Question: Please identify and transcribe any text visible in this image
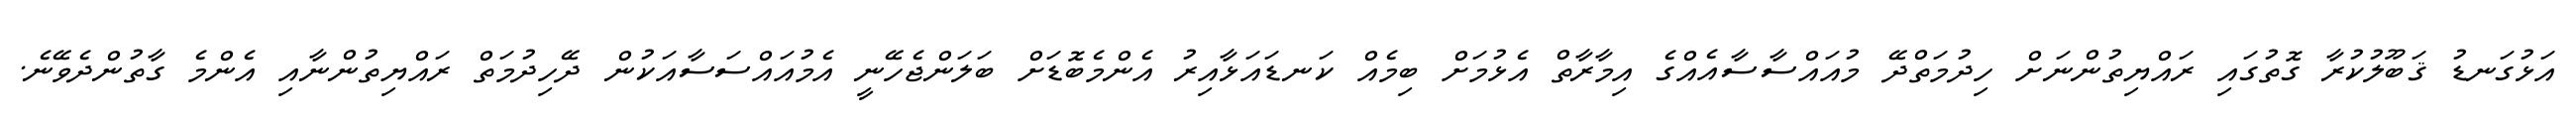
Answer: އަޅުގަނޑު ޤަބޫލުކުރާ ގޮތުގައި ރައްޔިތުންނަށް ހިދުމަތްދޭ މުއައްސާސާއެއްގެ އިމާރާތް އެޅުމަށް ބިމެއް ކަނޑައަޅާއިރު އެންމެބޮޑަށް ބަލަންޖެހޭނީ އެމުއައްސަސާއަކުން ދޭހިދުމަތް ރައްޔިތުންނާއި އެންމެ ގާތުންދެވޭނެ.